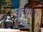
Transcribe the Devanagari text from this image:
उत्चाया